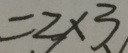
= 2 \times 3